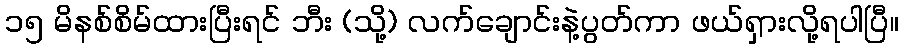
၁၅ မိနစ်စိမ်ထားပြီးရင် ဘီး (သို့) လက်ချောင်းနဲ့ပွတ်ကာ ဖယ်ရှားလို့ရပါပြီ။